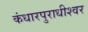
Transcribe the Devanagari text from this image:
कंधारपुराधीश्वर